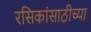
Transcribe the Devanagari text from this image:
रसिकांसाठीच्या